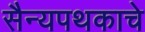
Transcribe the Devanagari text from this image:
सैन्यपथकाचे